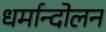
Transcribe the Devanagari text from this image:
धर्मान्दोलन